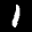
Label: 1